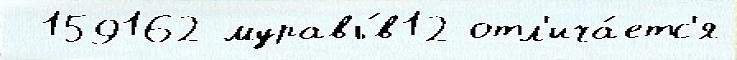
 159162 муравь́в12 отл'ича́етс'я